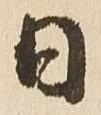
日